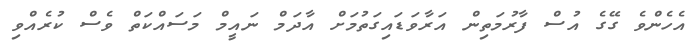
އެހެންވެ ގޭގެ އުސް ފާރުމަތިން އަރާވަޑައިގަތުމަށް އާދަމް ނައީމް މަސައްކަތް ވެސް ކުރެއްވި